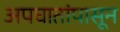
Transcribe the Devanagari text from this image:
अपघातांपासून